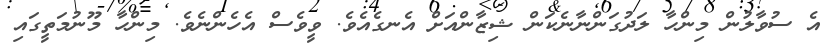
އެ ސުވާލުން މިންހާ ލަދުގަންނާނެކަން ޝިޒާންއަށް އެނގެއެވެ. ވީވެސް އެހެންނެވެ. މިންހާ މޫނުމަތީގައި